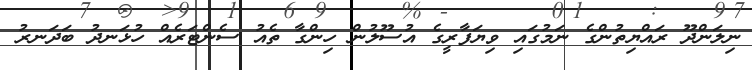
ނިލަންދޫ ރައްޔިތުންގެ ނަމުގައި ވިޔަފާރީގެ އުސޫލުން ހިންގާ ތެއު ސެންޓަރެއް ހުޅަނދު ބަދަނރު